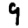
Digit: 9